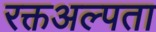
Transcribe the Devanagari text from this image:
रक्तअल्पता